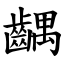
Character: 齵